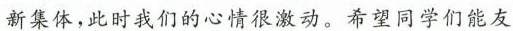
新集体，此时我们的心情很激动。希望同学们能友